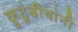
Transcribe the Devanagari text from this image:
कुटूंबीयांनी